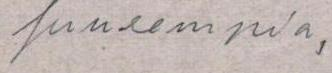
suurempia,